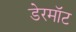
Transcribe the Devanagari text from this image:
डेरमॉट